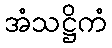
အံသဋ္ဌိကံ